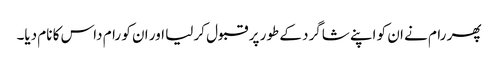
پھر رام نے ان کو اپنے شاگرد کے طور پر قبول کر لیا اور ان کو رام داس کا نام دیا۔